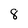
Character: 8